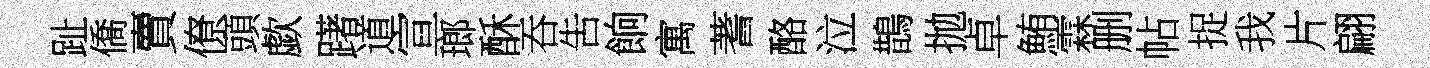
趾僑賣僚頭歔躇道宣瑯酥吞吿餉寓蓍酪泣鵲拋卓鮪霖删帖捉我片翩